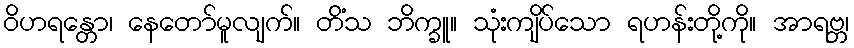
ဝိဟရန္တော၊ နေတော်မူလျက်။ တိံသ ဘိက္ခူ။ သုံးကျိပ်သော ရဟန်းတို့ကို။ အာရဗ္ဘ၊